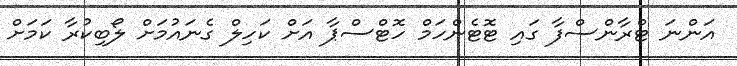
އަންނަ ޓްރާންސްފާ ގައި ޓޮޓެންހަމް ހޮޓްސްޕާ އަށް ކަހިލް ގެނައުމަށް ލޯބިކުރާ ކަމަށް